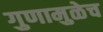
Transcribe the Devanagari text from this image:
गुणामुळेच